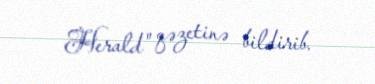
Herald" qəzetinə bildirib.